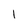
Character: 1